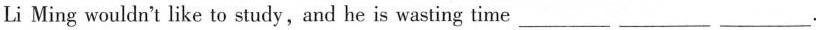
Li Ming wouldn't like to study, and he is wasting time ___ ___ ___.